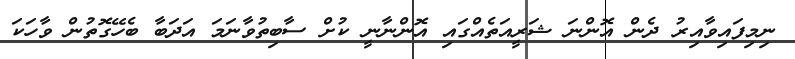
ނިމިފައިވާއިރު ދެން އޮންނަ ޝަރީއަތެއްގައި އޮންނާނީ ކުށް ސާބިތުވާނަމަ އަދަބާ ބެހޭގޮތުން ވާހަކަ